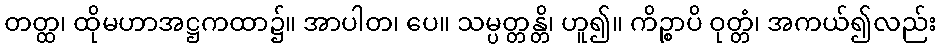
တတ္ထ၊ ထိုမဟာအဋ္ဌကထာ၌။ အာပါတ၊ ပေ။ သမ္ပတ္တန္တိ၊ ဟူ၍။ ကိဉ္စာပိ ဝုတ္တံ၊ အကယ်၍လည်း